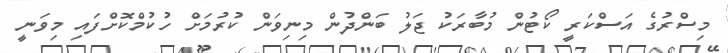
މިސްރުގެ އަސްކަރީ ކޯޓުން މުބާރަކު ޖަލު ބަންދުން މިނިވަން ކުރުމަށް ހުކުމްކޮށްފައި މިވަނީ